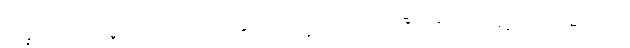
အကြွင်းမဲ့ပယ်သတ်မှုကြောင့်တည်း၊ ဒေါသကိုလည်းအလျှင်းပယ်ထားလေပြီး။ ။ဝိသာခသေဋ္ဌေးက သေဋ္ဌေးကတော်